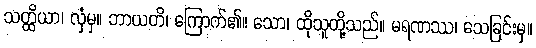
သတ္ထိယာ၊ လှံမှ။ ဘာယတိ၊ ကြောက်၏။ သော၊ ထိုသူတို့သည်။ မရဏဿ၊ သေခြင်းမှ။